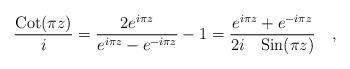
LaTeX: \begin{align*}{{{\rm Cot}(\pi z)} \over {i}}= {{2e^{i\pi z}}\over{e^{i\pi z}-e^{-i \pi z}}}- 1 = {{e^{i\pi z}+e^{-i\pi z}}\over{2i\quad{\rm Sin}(\pi z)}}\quad ,\end{align*}